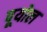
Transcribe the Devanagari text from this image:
पूयोल